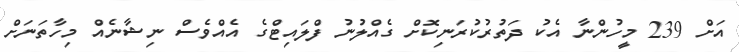
އަށް 239 މީހުންނާ އެކު ދަތުރުކުރަނިކޮށް ގެއްލުނު ފްލައިޓްގެ އެއްވެސް ނިޝާނެއް މިހާތަނަށް